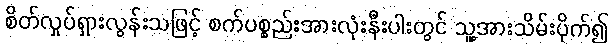
စိတ်လှုပ်ရှားလွန်းသဖြင့် စက်ပစ္စည်းအားလုံးနီးပါးတွင် သူ့အားသိမ်းပိုက်၍